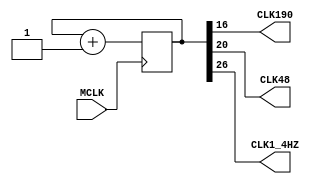
`timescale 1ns / 1ps
//////////////////////////////////////////////////////////////////////////////////
// Company: 
// Engineer: 
// 
// Design Name: 
// Module Name: CLKDiv
// Project Name: 
// Target Devices: 
// Tool Versions: 
// Description: 
// 
// Dependencies: 
// 
// Revision:
// Revision 0.01 - File Created
// Additional Comments:
// 
//////////////////////////////////////////////////////////////////////////////////


module CLKDiv(MCLK, CLK190, CLK48, CLK1_4HZ);
	input MCLK;
    // input clr,
	output CLK190;
	output CLK48;
	output CLK1_4HZ;
	
	reg [27:0]q;
	initial
		q <= 0;
	always@(posedge MCLK)
		 q <= q+1;
	assign CLK190 = q[16];//0.005s
	assign CLK48 = q[20];//0.02s
	assign CLK1_4HZ = q[26];//0.33s      
    
endmodule